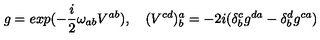
g = e x p ( - \frac { i } { 2 } \omega _ { a b } V ^ { a b } ) , \quad ( V ^ { c d } ) _ { b } ^ { a } = - 2 i ( \delta _ { b } ^ { c } g ^ { d a } - \delta _ { b } ^ { d } g ^ { c a } )